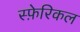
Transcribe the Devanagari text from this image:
स्फ़ेरिकल